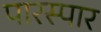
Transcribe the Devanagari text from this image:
पारस्पार